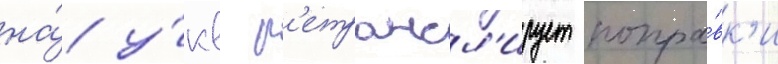
на́ у́кв р'етрансл'ирует попра́вк'и